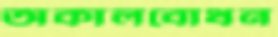
অকালবোধন